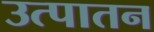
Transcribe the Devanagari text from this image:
उत्पातन